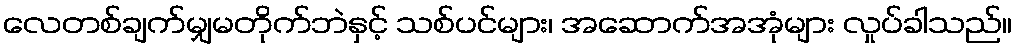
လေတစ်ချက်မျှမတိုက်ဘဲနှင့် သစ်ပင်များ၊ အဆောက်အအုံများ လှုပ်ခါသည်။